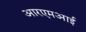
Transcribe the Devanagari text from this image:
आरएमआई